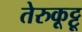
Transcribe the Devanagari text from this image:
तेरुकूट्टू